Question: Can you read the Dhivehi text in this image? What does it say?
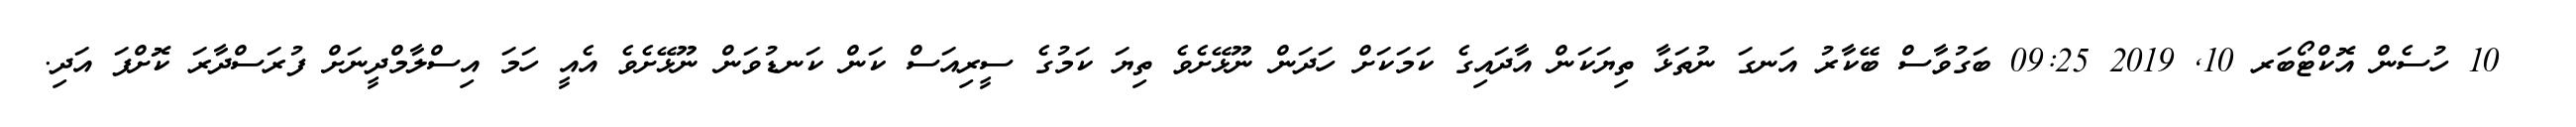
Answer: ? 10 ހުސެން އޮކްޓޯބަރ 10, 2019 09:25 ބަގުވާސް ބޭކާރު އަނގަ ނުތަޅާ ތިޔަކަން އާދައިގެ ކަމަކަށް ހަދަން ނޫޅޭށެވެ ތިޔަ ކަމުގެ ސީރިއަސް ކަން ކަނޑުވަން ނޫޅޭށެވެ އެއީ ހަމަ އިސްލާމްދީނަށް ފުރަސްދާރަ ކޮށްފަ އަދި.